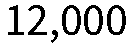
12,000